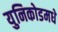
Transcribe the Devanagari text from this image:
युनिकोडमधे